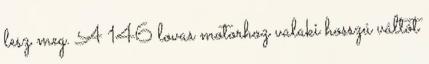
lesz meg. A 146 lovas motorhoz valaki hosszú váltót